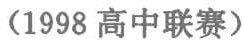
（1998 高中联赛）